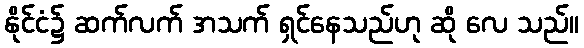
နိုင်ငံ၌ ဆက်လက် အသက် ရှင်နေသည်ဟု ဆို လေ သည်။